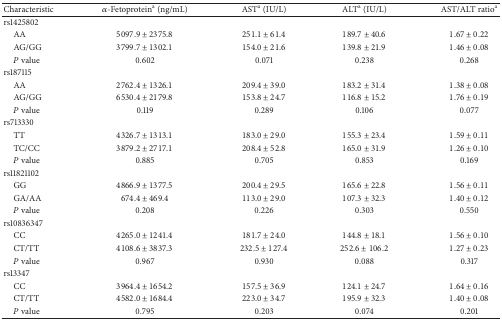
<table><thead><tr><td><b>Characteristic</b></td><td><b><i>α</i>-Fetoprotein<sup>a</sup> (ng/mL)</b></td><td><b>AST<sup>a</sup> (IU/L)</b></td><td><b>ALT<sup>a</sup> (IU/L)</b></td><td><b>AST/ALT ratio<sup>a</sup></b></td></tr></thead><tbody><tr><td>rs1425802</td><td> </td><td> </td><td> </td><td> </td></tr><tr><td> AA</td><td>5097.9 ± 2375.8</td><td>251.1 ± 61.4</td><td>189.7 ± 40.6</td><td>1.67 ± 0.22</td></tr><tr><td> AG/GG</td><td>3799.7 ± 1302.1</td><td>154.0 ± 21.6</td><td>139.8 ± 21.9</td><td>1.46 ± 0.08</td></tr><tr><td> <i>P</i> value</td><td>0.602</td><td>0.071</td><td>0.238</td><td>0.268</td></tr><tr><td>rs187115</td><td> </td><td> </td><td> </td><td> </td></tr><tr><td> AA</td><td>2762.4 ± 1326.1</td><td>209.4 ± 39.0</td><td>183.2 ± 31.4</td><td>1.38 ± 0.08</td></tr><tr><td> AG/GG</td><td>6530.4 ± 2179.8</td><td>153.8 ± 24.7</td><td>116.8 ± 15.2</td><td>1.76 ± 0.19</td></tr><tr><td> <i>P</i> value</td><td>0.119</td><td>0.289</td><td>0.106</td><td>0.077</td></tr><tr><td>rs713330</td><td> </td><td> </td><td> </td><td> </td></tr><tr><td> TT</td><td>4326.7 ± 1313.1</td><td>183.0 ± 29.0</td><td>155.3 ± 23.4</td><td>1.59 ± 0.11</td></tr><tr><td> TC/CC</td><td>3879.2 ± 2717.1</td><td>208.4 ± 52.8</td><td>165.0 ± 31.9</td><td>1.26 ± 0.10</td></tr><tr><td> <i>P</i> value</td><td>0.885</td><td>0.705</td><td>0.853</td><td>0.169</td></tr><tr><td>rs11821102</td><td> </td><td> </td><td> </td><td> </td></tr><tr><td> GG</td><td>4866.9 ± 1377.5</td><td>200.4 ± 29.5</td><td>165.6 ± 22.8</td><td>1.56 ± 0.11</td></tr><tr><td> GA/AA</td><td>674.4 ± 469.4</td><td>113.0 ± 29.0</td><td>107.3 ± 32.3</td><td>1.40 ± 0.12</td></tr><tr><td> <i>P</i> value</td><td>0.208</td><td>0.226</td><td>0.303</td><td>0.550</td></tr><tr><td>rs10836347</td><td> </td><td> </td><td> </td><td> </td></tr><tr><td> CC</td><td>4265.0 ± 1241.4</td><td>181.7 ± 24.0</td><td>144.8 ± 18.1</td><td>1.56 ± 0.10</td></tr><tr><td> CT/TT</td><td>4108.6 ± 3837.3</td><td>232.5 ± 127.4</td><td>252.6 ± 106.2</td><td>1.27 ± 0.23</td></tr><tr><td> <i>P</i> value</td><td>0.967</td><td>0.930</td><td>0.088</td><td>0.317</td></tr><tr><td>rs13347</td><td> </td><td> </td><td> </td><td> </td></tr><tr><td> CC</td><td>3964.4 ± 1654.2</td><td>157.5 ± 36.9</td><td>124.1 ± 24.7</td><td>1.64 ± 0.16</td></tr><tr><td> CT/TT</td><td>4582.0 ± 1684.4</td><td>223.0 ± 34.7</td><td>195.9 ± 32.3</td><td>1.40 ± 0.08</td></tr><tr><td> <i>P</i> value</td><td>0.795</td><td>0.203</td><td>0.074</td><td>0.201</td></tr></tbody></table>